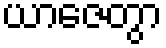
ယာဇေတွာ